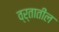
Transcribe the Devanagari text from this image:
व्र्तातील